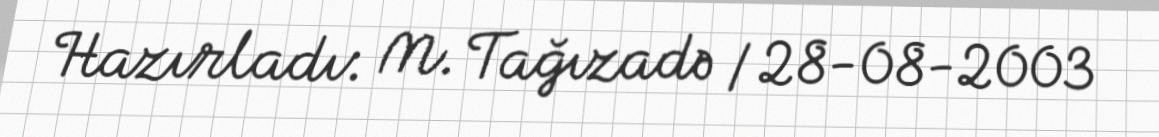
Hazırladı: M. Tağızadə / 28-08-2003